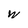
Character: w